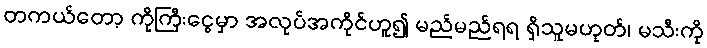
တကယ်တော့ ကိုကြီးငွေမှာ အလုပ်အကိုင်ဟူ၍ မည်မည်ရရ ရှိသူမဟုတ်၊ မသီးကို